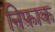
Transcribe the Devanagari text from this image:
निफ़ाक